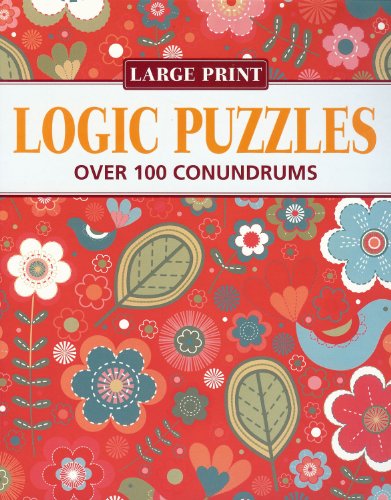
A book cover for "Elegant" Logic Puzzles: Over 100 Conundrums (Large Print Puzzles); Humor & Entertainment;